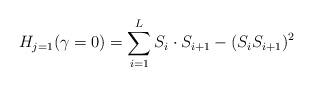
LaTeX: \begin{align*}H_{j=1}(\gamma =0) = \sum_{i=1}^L S_i \cdot S_{i+1} - ( S_i S_{i+1})^2\end{align*}